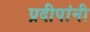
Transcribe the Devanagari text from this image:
प्रदीपांनी